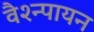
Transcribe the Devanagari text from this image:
वैश्न्पायन